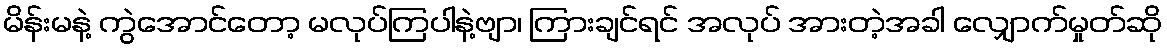
မိန်းမနဲ့ ကွဲအောင်တော့ မလုပ်ကြပါနဲ့ဗျာ၊ ကြားချင်ရင် အလုပ် အားတဲ့အခါ လျှောက်မှုတ်ဆို